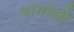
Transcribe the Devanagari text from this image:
पांगोली